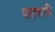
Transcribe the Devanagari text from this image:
पताकादि